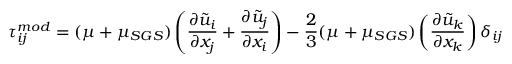
\tau _ { i j } ^ { m o d } = ( \mu + \mu _ { S G S } ) \left( \frac { \partial \tilde { u } _ { i } } { \partial x _ { j } } + \frac { \partial \tilde { u } _ { j } } { \partial x _ { i } } \right) - \frac { 2 } { 3 } ( \mu + \mu _ { S G S } ) \left( \frac { \partial \tilde { u } _ { k } } { \partial x _ { k } } \right) \delta _ { i j }